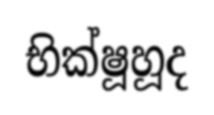
භික්ෂූහූද